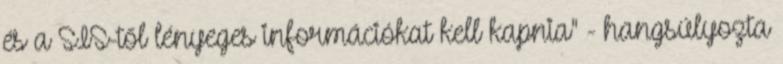
és a SIS-től lényeges információkat kell kapnia" - hangsúlyozta